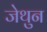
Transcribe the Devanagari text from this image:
जेथुन